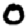
Digit: 0